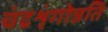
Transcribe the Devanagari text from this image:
चंद्रशृंगोन्नति